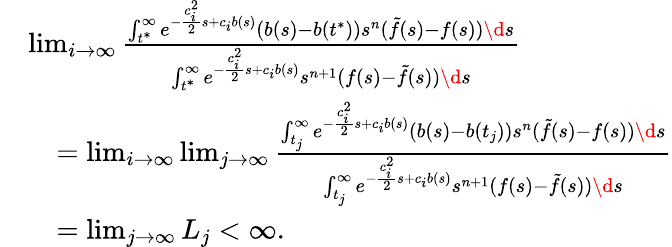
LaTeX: \begin{array}{rl}&{\operatorname*{lim}_{i\to\infty}\frac{\int_{t^{\ast}}^{\infty}e^{-\frac{c_{i}^{2}}{2}s+c_{i}b(s)}(b(s)-b(t^{\ast}))s^{n}(\tilde{f}(s)-f(s))\d s}{\int_{t^{\ast}}^{\infty}e^{-\frac{c_{i}^{2}}{2}s+c_{i}b(s)}s^{n+1}(f(s)-\tilde{f}(s))\d s}}\\ &{\quad=\operatorname*{lim}_{i\to\infty}\operatorname*{lim}_{j\to\infty}\frac{\int_{t_{j}}^{\infty}e^{-\frac{c_{i}^{2}}{2}s+c_{i}b(s)}(b(s)-b(t_{j}))s^{n}(\tilde{f}(s)-f(s))\d s}{\int_{t_{j}}^{\infty}e^{-\frac{c_{i}^{2}}{2}s+c_{i}b(s)}s^{n+1}(f(s)-\tilde{f}(s))\d s}}\\ &{\quad=\operatorname*{lim}_{j\to\infty}L_{j}<\infty.}\end{array}